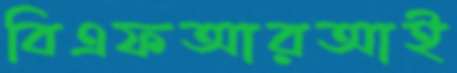
বিএফআরআই